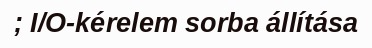
; I/O-kérelem sorba állítása